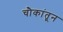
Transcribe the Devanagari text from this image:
चौकांतून